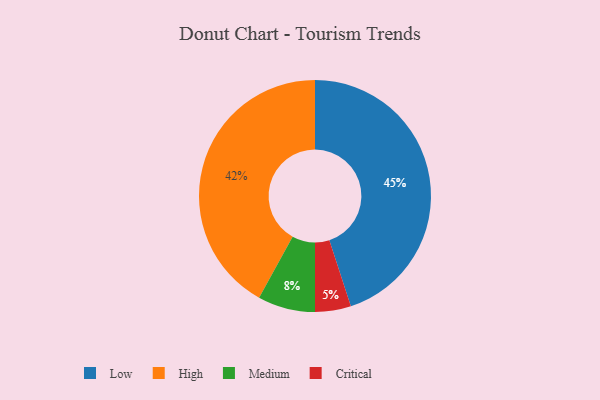
{"axis": {"x": "Category", "y": "Percentage"}, "legend": ["Critical", "High", "Low", "Medium"], "data": [{"x": "Medium", "y": 8, "type": "Medium"}, {"x": "Low", "y": 45, "type": "Low"}, {"x": "Critical", "y": 5, "type": "Critical"}, {"x": "High", "y": 42, "type": "High"}]}